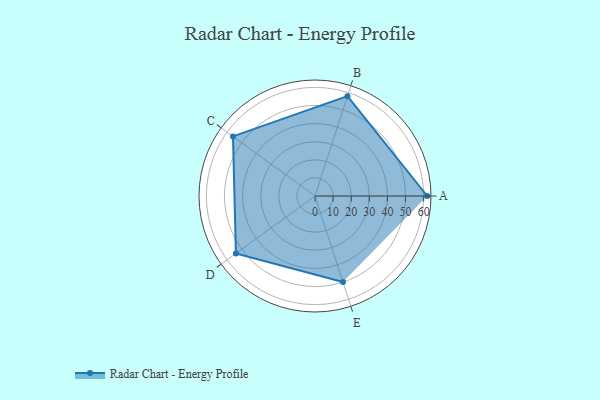
{"axis": {"x": "Skill", "y": "Score"}, "legend": ["Profile"], "data": [{"x": "A", "y": 62.0, "type": "Profile"}, {"x": "B", "y": 58.0, "type": "Profile"}, {"x": "C", "y": 56.0, "type": "Profile"}, {"x": "D", "y": 54.0, "type": "Profile"}, {"x": "E", "y": 50.0, "type": "Profile"}]}